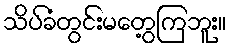
သိပ်ခံတွင်းမတွေ့ကြဘူး။